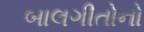
બાલગીતોનો